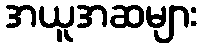
အယူအဆများ